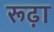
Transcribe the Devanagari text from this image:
रूढ़ा